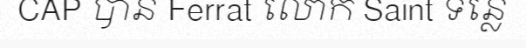
CAP បាន Ferrat លោក Saint ទន្លេ